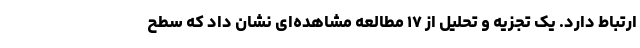
ارتباط دارد. یک تجزیه و تحلیل از ۱۷ مطالعه مشاهده‌ای نشان داد که سطح